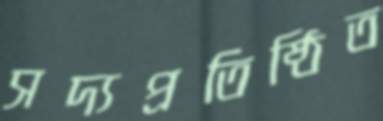
সদ্যপ্রতিষ্ঠিত